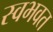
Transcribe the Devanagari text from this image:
स्वभवत